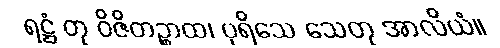
ရဋ္ဌံ တု ဝိဇိတဉ္စာထ၊ ပုရိသေ သေတု အာလိယံ။